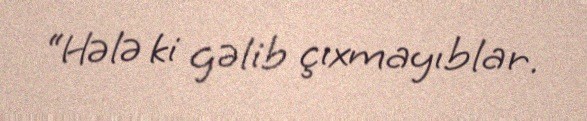
“Hələ ki gəlib çıxmayıblar.